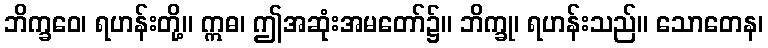
ဘိက္ခဝေ၊ ရဟန်းတို့။ ဣဓ၊ ဤအဆုံးအမတော်၌။ ဘိက္ခု၊ ရဟန်းသည်။ သောတေန၊